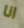
انا